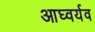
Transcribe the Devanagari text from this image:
आघ्वर्यव